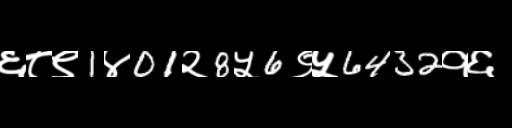
Text: ६८९1४01२8५6९५6432१६